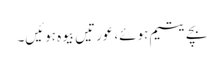
بچے یتیم ہوئے، عورتیں بیوہ ہوئیں۔